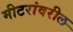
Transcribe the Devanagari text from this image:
मीटरांवरील